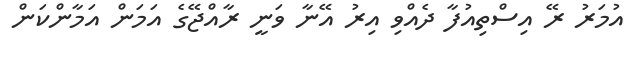
އުމަރު ރޭ އިސްތިއުފާ ދެއްވި އިރު އޭނާ ވަނީ ރާއްޖޭގެ އަމަން އަމާންކަން